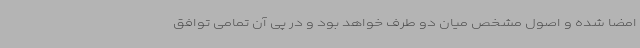
امضا شده و اصول مشخص میان دو طرف خواهد بود و در پی آن تمامی توافق